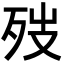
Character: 𪵁